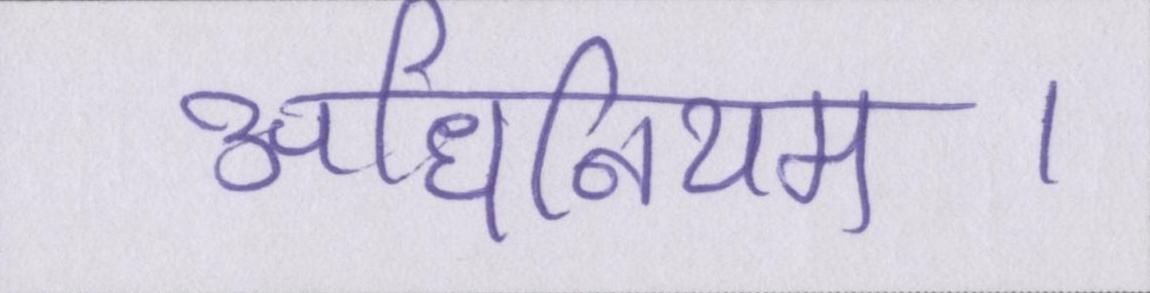
अधिनियम।